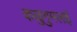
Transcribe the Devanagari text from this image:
कळुगुमलई